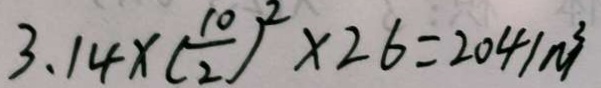
3 . 1 4 \times ( \frac { 1 0 } { 2 } ) ^ { 2 } \times 2 6 = 2 0 4 1 m ^ { 3 }